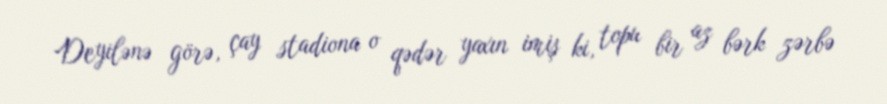
Deyilənə görə, çay stadiona o qədər yaxın imiş ki, topu bir az bərk zərbə